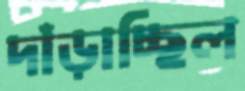
দাঁড়াচ্ছিল